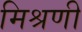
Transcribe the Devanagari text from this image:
मिश्रणी